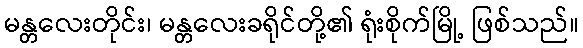
မန္တလေးတိုင်း၊ မန္တလေးခရိုင်တို့၏ ရုံးစိုက်မြို့ ဖြစ်သည်။